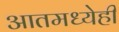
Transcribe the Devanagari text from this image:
आतमध्येही